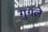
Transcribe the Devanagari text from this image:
गुगले